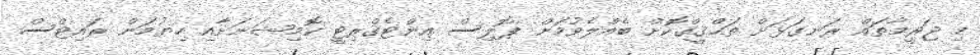
މި ޖަރީމާތައް ރަނގަޅަށް ތަޙްޤީޤްކޮށް ބެއްލެވުމަށް ޕޮލިސް އިންޓެގްރިޓީ ކޮމިޝަނަށާއި ހިޔުމަން ރައިޓްސް